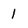
Character: l